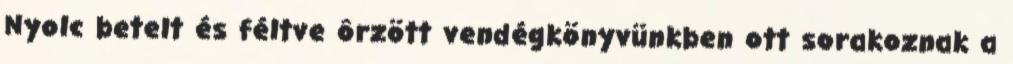
Nyolc betelt és féltve ôrzött vendégkönyvünkben ott sorakoznak a